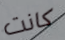
كانت